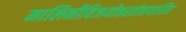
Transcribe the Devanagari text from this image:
मालिनीविजयोत्तरतंत्राधारित